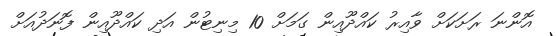
އޮންނަ ރަށަކަށް ވާއިރު ކައްދޫއިން ގަމަށް 10 މިނިޓުން އަދި ކައްދޫއިން ފޮނަދުއަށް